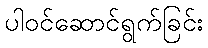
ပါဝင်ဆောင်ရွက်ခြင်း